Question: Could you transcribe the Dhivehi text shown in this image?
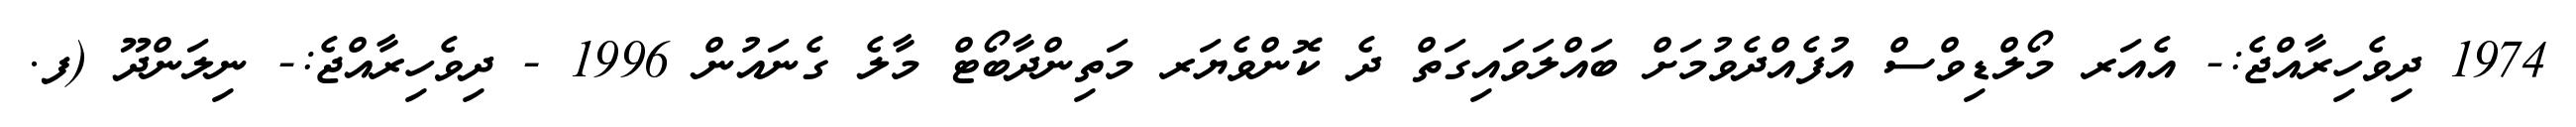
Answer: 1974 ދިވެހިރާއްޖެ:- އެއަރ މޯލްޑިވްސް އުފެއްދެވުމަށް ބައްލަވައިގަތް ދެ ކޮންވެޔަރ މަތިންދާބޯޓް މާލެ ގެނައުން 1996 - ދިވެހިރާއްޖެ:- ނިލަންދޫ (ފ.